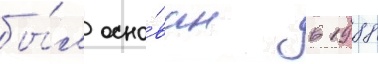
бы́л осно́ван в 1988